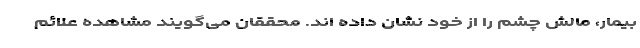
بیمار، مالش چشم را از خود نشان داده اند. محققان می‌گویند مشاهده علائم